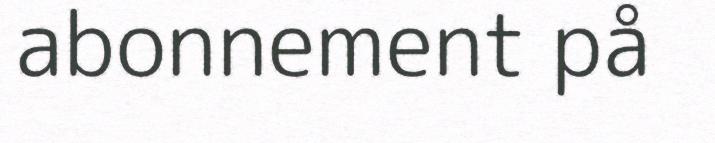
abonnement på